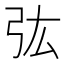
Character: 㢬